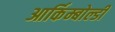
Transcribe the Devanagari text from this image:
आर्किम्बोल्डी